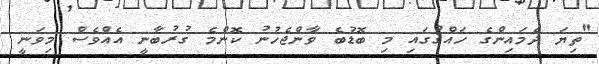
"ތިޔަ ދެމައިންގެ ހައްޤުގައި މި ބޮޑުބެ ވާންޖެހުނު ކޮންމެ ގުރުބާނީ އެއްވެސް މިވަނީ